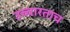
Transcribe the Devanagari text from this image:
उच्चारताच